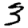
Digit: 3